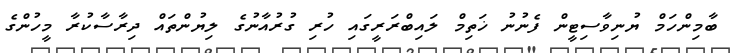
ބާމިންހަމް ޔުނިވާސިޓީން ފެނުނު ޚަތިމް ލައިބްރަރީގައި ހުރި ގުރުއާނުގެ ލިޔުންތައް ދިރާސާކުރާ މީހުންގެ